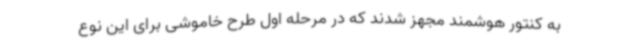
به کنتور هوشمند مجهز شدند که در مرحله اول طرح خاموشی برای این نوع